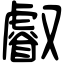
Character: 𠮏